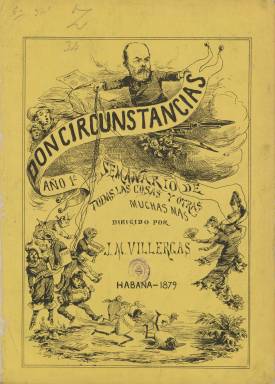
Título: Don Circunstancias (Habana)
Colección: Revistas satíricas y humorísticas || Periódicos
Ámbito geográfico: Cuba
Lugar de publicación: Habana
Fechas: 05/01/1879-25/12/1881

Este semanario satírico-político fue fundado en la capital cubana por Juan Martínez Villergas, un veterano y singular escritor y periodista con larga trayectoria en la Península y América que ya había fundado en Madrid un periódico con igual nombre 30 años antes. Este curioso nombre lo adoptó entonces para aludir a sus constantes problemas con la censura oficial. Villergas compuso una letrilla que decía: ‘¿Qué diré a ustedes? No diré nada, porque lo impiden las circunstancias’.

   El semanario de La Habana tenía un estilo festivo y satírico parecido al de otros periódicos que había fundado Villergas tanto en España como en América. Ya había editado años antes en Cuba otro con el nombre de El Moro Muza y también fundó el periódico Antón Perulero en Argentina, país donde fue muy apreciado y desde donde regresó a Cuba.

Para situar al periódico Don Circunstancias, que Villergas comenzó a publicar en 1879, hay que enmarcarlo en su contexto histórico y político. Acababa de finalizar en 1878 la llamada Guerra de los Diez Años, el primer intento cubano por independizarse de España, conflicto que produjo la pérdida de muchas vidas humanas. El año que apareció el semanario algunos cubanos partidarios de la independencia reanudaron la lucha, pero fueron derrotados un año después. Fue la llamada Guerra Chiquita.

   El periódico de Villergas, subtitulado semanario de todas las cosas y otras muchas más, era españolista, es decir se oponía a los partidos que en la Península buscaban de dar una amplia autonomía a la isla con el fin de cortar las aspiraciones independentistas. De hecho, en el periódico se criticaba la predisposición de los gobernadores a conceder la autonomía. Es realmente curioso que Villergas fuera tan conservador en este terreno (incluso se le acusaba de estar en contra de la abolición de la esclavitud en Cuba) y ser alguien con ideas republicanas y demócratas, lo que le había costado muchos sinsabores con los Gobiernos españoles.

   Don Circunstancias contaba con ocho páginas y las dos centrales estaban dedicadas a ilustraciones de índole política en la mayoría de las ocasiones, aunque la sátira también se extendía a costumbres sociales o tenía una orientación más cultural cuando no era simplemente chistosa. Juan Martínez Villergas era el director y el redactor de casi todos los textos, que ya fueran en prosa o en verso rezumaban siempre un sentido irónico y punzante.

  Es bastante posible que las ilustraciones también fueran de su mano, dado que en su juventud había aprendido dibujo. En todo caso, no figura firma ninguna al pie de los grabados de la publicación.

  Don Circunstancias terminó su primera etapa a finales de 1881, cuando Villergas regresó a la Península quizá estimulado por el hecho de que había llegado a la presidencia del Gobierno el jefe del partido liberal, Práxedes Mateo Sagasta, más proclive a la libertad de prensa de lo que era el conservador Cánovas del Castillo. Cuando Sagasta dejó el Gobierno en 1883 Villergas regresó a Cuba y durante un año más editó Don Circunstancias hasta su regreso definitivo a la Península y su fallecimiento en 1894.

   Además de su intensa labor periodística, Villergas escribió unos 50 libros entre novelas, teatro y poesías. Más información sobre este destacado escritor y periodista del siglo XIX puede encontrarse en la biografía que figura en la página web de la Real Academia de la Historia.

[Descripción publicada el 17/08/2022]